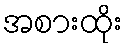
အစားထိုး